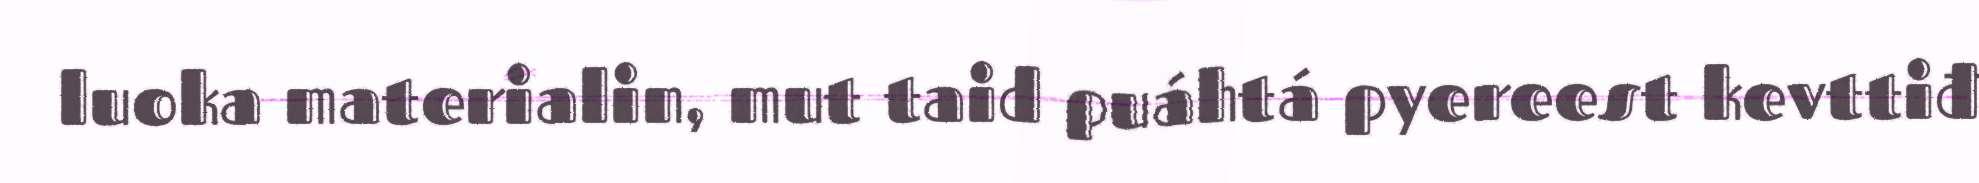
luoka materialin, mut taid puáhtá pyereest kevttiđ